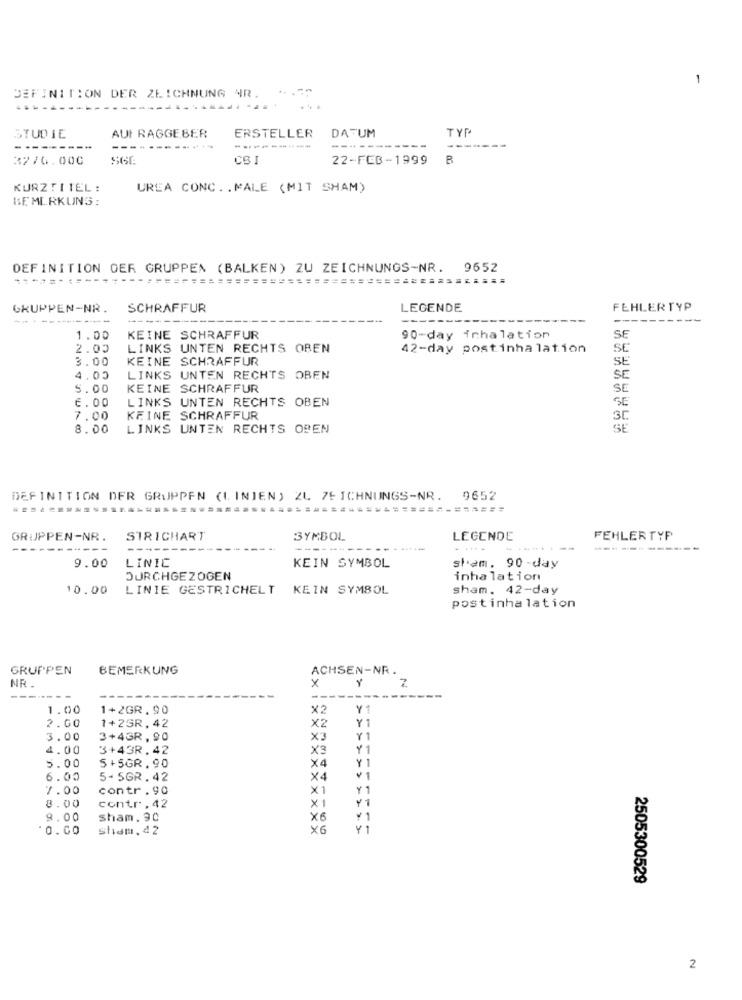
1
DEFINITION DER ZEICHNUNG WR. .. 52
ERSTELLER
DATUM
TYF
STUDIE
AUF RAGGEBER
---------
------------
-----------
------
---
3270.000
SGE
CSI
22-FEB-1999
B
KURZTITEL:
UREA CONC .. MALE (MIT SHAM)
BSE ML.RKUNG :
DEFINITION DER GRUPPEN (BALKEN) ZU ZEICHNUNGS-NR. 9652
GRUPPEN-NR
SCHRAFFUR
LEGENDE
FEHLERTYP
---
1.00
KEINE SCHRAFFUR
90-day inhalation
SE
2.00
LINKS UNTEN RECHTS OBEN
42-day postinhalation
SE
3.00
KEINE SCHRAFFUR
4.00
LINKS UNTEN RECHTS OBEN
SE
5.00
KEINE SCHRAFFUR
SE
6 . 00
LINKS UNTEN RECHTS OBEN
SE
7.00
KEINE SCHRAFFUR
30
8.00
LINKS UNTEN RECHTS OBEN
SE
DEFINITION DER GRUPPEN (LINJEN) ZL ZEICHNUNGS-NR. 9652
...........
================
GRUPPEN-NR.
STRICHART
SYMBOL
LEGENDE
FEHLERTYP
---------
---
---
--------
9.00
LINIC
KEIN SYMBOL
skam. 90 -day
DURCHGEZOGEN
inhalation
10.00
LINIE GESTRICHELT KEIN SYMBOL
sham. 42-day
postinhalation
GRUPPEN
BEMERKUNG
ACHSEN-NR.
NR
x
--------
---
1.00
1+2GR.90
X2
Y
X2
Y1
2.00
1+2GR.42
3.00
3+4GR, 90
X3
Y1
4.00
3+43R.42
X3
Y 1
X4
Y 1
5.00
5+5GR.90
6.00
5- 5GR. 42
X4
7.00
contr. 90
X1
Y 1
8.00
contr,42
X1
Y1
8.00
sham. 90
X6
*0.00
sham, 42
X6
Y1
2505300529
2